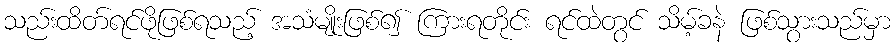
သည်းထိတ်ရင်ဖိုဖြစ်ရသည့် အသံမျိုးဖြစ်၍ ကြားရတိုင်း ရင်ထဲတွင် သိမ့်ခနဲ ဖြစ်သွားသည်မှာ